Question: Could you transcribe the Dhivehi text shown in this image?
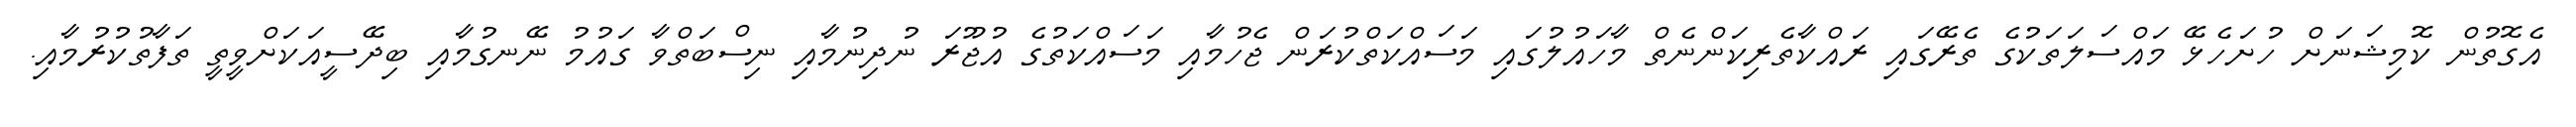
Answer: އެގޮތުން ކޮމިޝަނަށް ހުށަހެޅޭ މައްސަލަތަކުގެ ތެރޭގައި ރައްކާތެރިކަންނެތް މާހައުލުގައި މަސައްކަތްކުރަން ޖެހުމާއި މަސައްކަތުގެ އުޖޫރަ ނުދިނުމާއި ނިސްބަތްވާ ގައުމު ނޭނގުމާއި ބިދޭސީއަކަށްވީތީ ތަފާތުކުރުމާއި.